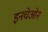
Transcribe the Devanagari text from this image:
इनचेओन